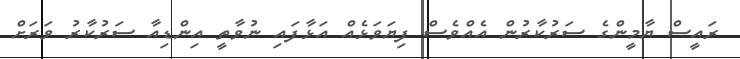
ރައީސް ޔާމީންގެ ސަރުކާރުން އެއްވެސް ފިޔަވަޅެއް އަޅާފައި ނުވާތީ އިންޑިއާ ސަރުކާރު ވަރަށް